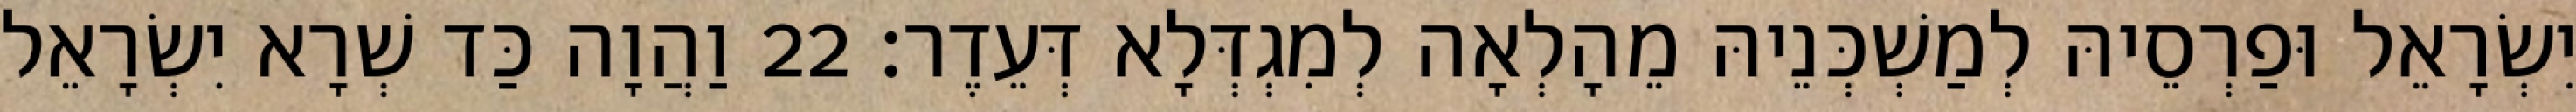
יִשְׂרָאֵל וּפַרְסֵיהּ לְמַשְׁכְּנֵיהּ מֵהָלְאָה לְמִגְדְּלָא דְּעֵדֶר׃ 22 וַהֲוָה כַּד שְׁרָא יִשְׂרָאֵל